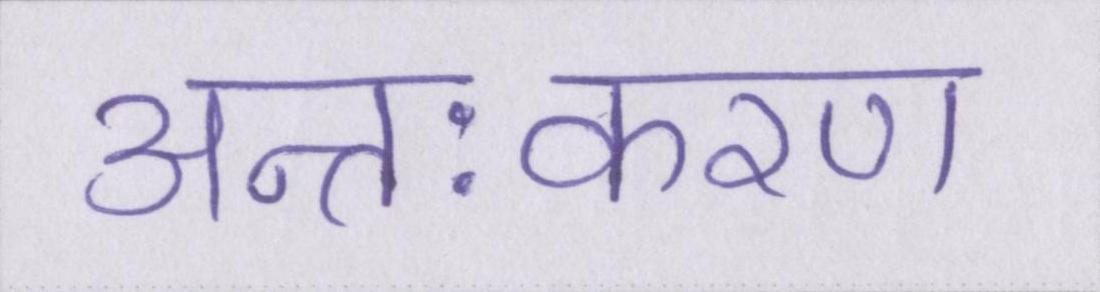
अन्तःकरण